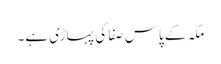
مکہ کے پاس صفا کی پہاڑی ہے۔